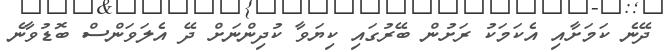
ދޭނެ ކަމަށާއި އެކަމަކު ރަށުން ބޭރުގައި ކިޔަވާ ކުދިންނަށް ދޭ އެލަވަންސް ބޮޑުވާނެ